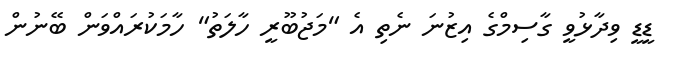
ޑީޑީ ވިދާޅުވީ ގާސިމްގެ އިޒުނަ ނެތި އެ "މަޖުބޫރީ ހާލަތު" ހާމަކުރައްވަން ބޭނުން